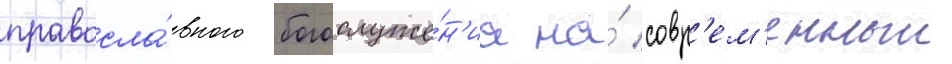
правосла́вного богослуже́н'иа на́ совр'ем'енныи